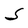
Character: S